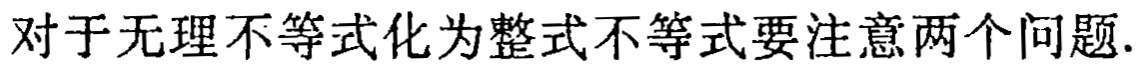
对于无理不等式化为整式不等式要注意两个问题.